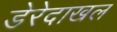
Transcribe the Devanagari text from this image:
डेरेदाखल